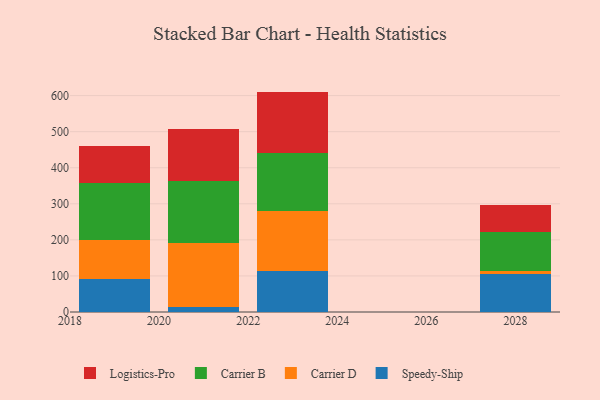
{"axis": {"x": "Year", "y": "Active Users"}, "legend": ["Carrier B", "Carrier D", "Logistics-Pro", "Speedy-Ship"], "data": [{"x": "2021", "y": 14.7, "type": "Speedy-Ship"}, {"x": "2021", "y": 175.8, "type": "Carrier D"}, {"x": "2021", "y": 173.4, "type": "Carrier B"}, {"x": "2021", "y": 143.9, "type": "Logistics-Pro"}, {"x": "2019", "y": 92.1, "type": "Speedy-Ship"}, {"x": "2019", "y": 106.4, "type": "Carrier D"}, {"x": "2019", "y": 158.5, "type": "Carrier B"}, {"x": "2019", "y": 102.4, "type": "Logistics-Pro"}, {"x": "2028", "y": 104.2, "type": "Speedy-Ship"}, {"x": "2028", "y": 10.1, "type": "Carrier D"}, {"x": "2028", "y": 107.9, "type": "Carrier B"}, {"x": "2028", "y": 75.0, "type": "Logistics-Pro"}, {"x": "2023", "y": 113.6, "type": "Speedy-Ship"}, {"x": "2023", "y": 165.8, "type": "Carrier D"}, {"x": "2023", "y": 160.9, "type": "Carrier B"}, {"x": "2023", "y": 170.8, "type": "Logistics-Pro"}]}